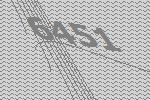
6451